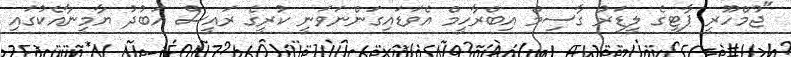
"ޖުމްހޫރީ ޕާޓީގެ ލީޑަރު ގާސިމް އިބްރާހީމް އެވަޑައިގަންނަވަނީ ކުރީގެ ރައީސް އަބުދު ޔާމީނާއެކުގައި